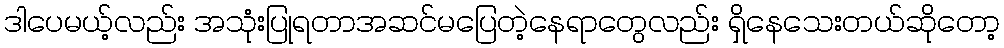
ဒါပေမယ့်လည်း အသုံးပြုရတာအဆင်မပြေတဲ့နေရာတွေလည်း ရှိနေသေးတယ်ဆိုတော့